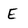
Character: E